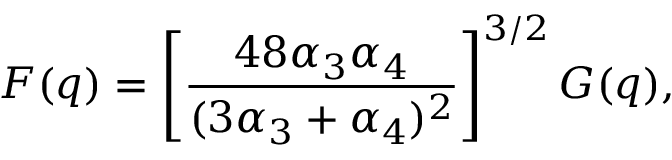
F ( q ) = \left[ \frac { 4 8 \alpha _ { 3 } \alpha _ { 4 } } { ( 3 \alpha _ { 3 } + \alpha _ { 4 } ) ^ { 2 } } \right] ^ { 3 / 2 } G ( q ) ,